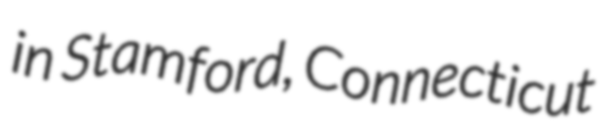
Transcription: in Stamford, Connecticut